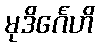
မုဒိင်္ဂေဟိ